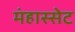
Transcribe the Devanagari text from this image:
मंहास्सेट